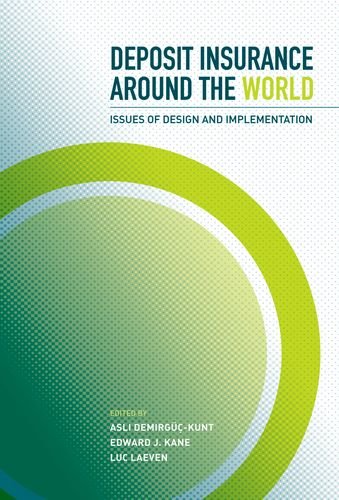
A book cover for Deposit Insurance around the World: Issues of Design and Implementation; Business & Money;